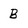
Character: B